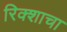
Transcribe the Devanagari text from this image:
रिक्शाचा